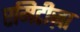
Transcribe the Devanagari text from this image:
एमिटीज़ा